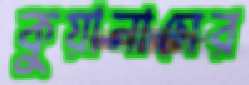
কুয়ানাসের